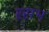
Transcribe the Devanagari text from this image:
रसभ